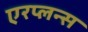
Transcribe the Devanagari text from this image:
एरप्लन्स